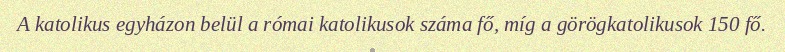
A katolikus egyházon belül a római katolikusok száma fő, míg a görögkatolikusok 150 fő.